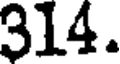
314.